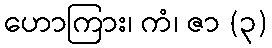
ဟောကြား၊ ကံ၊ ဇာ (၃)